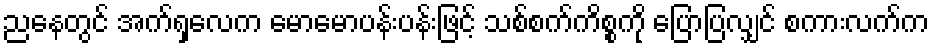
ညနေတွင် အက်ရှလေက မောမောပန်းပန်းဖြင့် သစ်စက်ကိစ္စကို ပြောပြလျှင် စကားလက်က